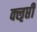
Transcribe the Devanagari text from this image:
क्‍ऌप्ती